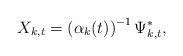
LaTeX: \begin{align*}X_{k,t}=\left( \alpha_{k}(t)\right) ^{-1}\Psi_{k,t}^{\ast},\end{align*}